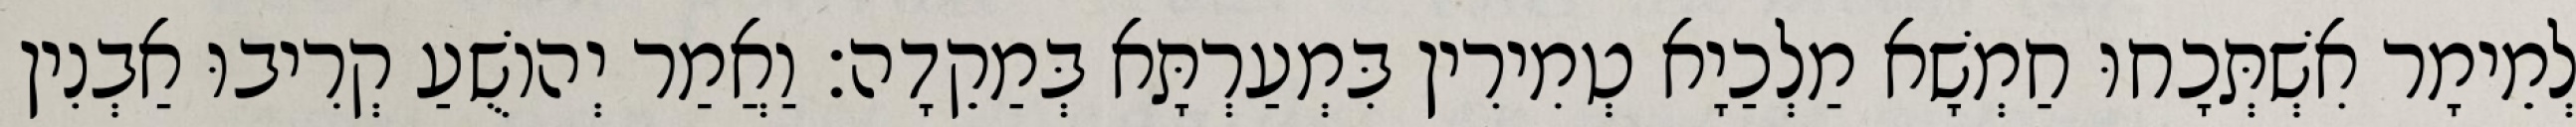
לְמֵימָר אִשְׁתְּכָחוּ חַמְשָׁא מַלְכַיָא טְמִירִין בִּמְעַרְתָּא בְּמַקֵדָה׃ וַאֲמַר יְהוֹשֻׁעַ קְרִיבוּ אַבְנִין